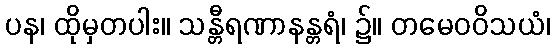
ပန၊ ထိုမှတပါး။ သန္တီရဏာနန္တရံ၊ ၌။ တမေဝဝိသယံ၊